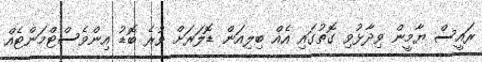
ރައީސް ޔާމީން ވިދާޅުވި ގޮތުގައި އެއް ބިލިއަން ޑޮލަރަށް ވުރެ ބޮޑު އިންވެސްޓްމަންޓެއް